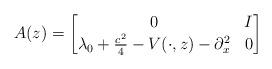
LaTeX: \begin{align*}A(z)=\begin{bmatrix}0 & I \\\lambda_0+\frac{c^2}{4}-V(\cdot,z)-\partial_x^2 & 0\end{bmatrix}\end{align*}